Vaccination report Assam 1896-1927 - 1896-1927
Year: 1896
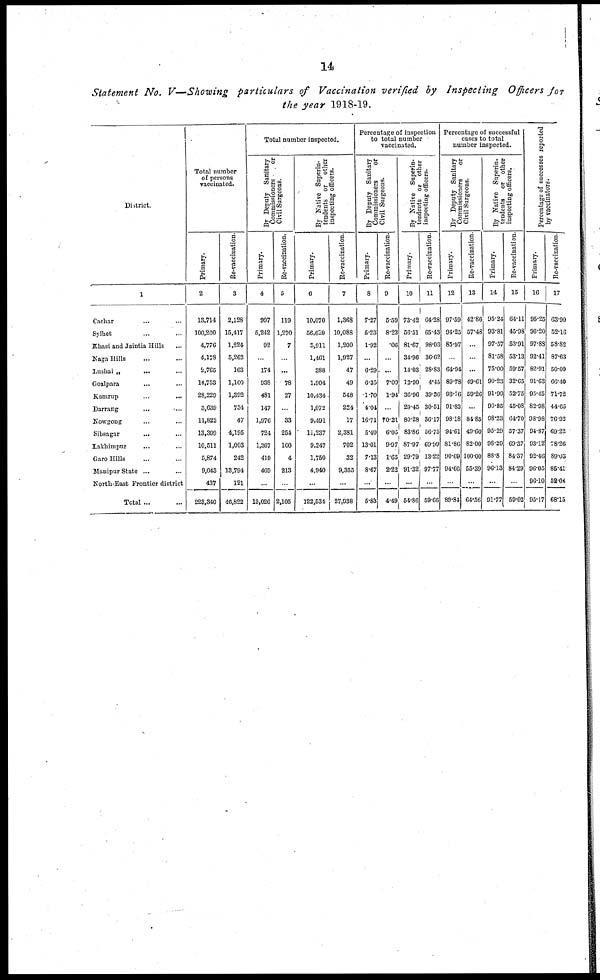
14
Statement No. V—Showing particulars of Vaccination verified by Inspecting Officers for
the year 1918-19.
District.
1
Cachar ... ...
Sylhet ... ...
Khasi and Jaintia Hills ...
Naga Hills ... ...
Lushai „ ... ...
Goalpara ... ...
Kamrup ... ...
Darrang ... ...
Nowgong ... ...
Sibsagar ... ...
Lakhimpur ... ...
Garo Hills ... ...
Manipur State ... ...
North-East Frontier district
Total ... ...
Total number
of persons
vaccinated.
Primary.
2
13,714
100,200
4,776
4,178
2,765
14,753
28,229
3,639
11,822
13,399
10,511
5,874
9,043
437
223,340
Re-vaccination.
3
2,128
15,417
1,224
5,262
163
1,100
1,392
734
47
4,195
1,003
242
13,794
121
46,822
Total number inspected.
By Deputy Sanitary
Commissioners
or
Civil Surgeons.
Primary.
4
997
6,242
92
...
174
938
481
147
1,976
724
1,367
419
469
...
13,026
Re-vaccination.
5
119
1,270
7
...
...
78
27
...
33
254
100
4
213
...
2,105
By Native Superin-
tendents or other
inspecting officers.
Primary.
6
10,070
56,629
3,911
1,461
388
1,904
10,434
1,072
9,491
11,237
9,247
1,750
4,940
...
122,534
Re-vaccination.
7
1,368
10,088
1,200
1,927
47
49
548
224
17
2,381
702
32
9,355
...
27,938
Percentage of inspection
to total number
vaccinated.
By Deputy Sanitary
Commissioners
or
Civil Surgeons.
Primary.
8
7.27
5.23
1.92
...
6.29
6.30
1.70
4.04
16.71
5.40
13.01
7.13
8.67
...
5.83
Re-vaccination.
9
5.59
8.23
.06
...
...
7.09
1.94
...
70.21
6.05
9.97
1.65
2.22
...
4.49
By Native Superin-
tendents or other
inspecting officers.
Primary.
10
73.42
56.51
81.67
34.96
14.03
12.90
36.96
29.45
80.28
83.86
87.97
29.79
91.32
...
54.86
Re-vaccination.
11
64.28
65.43
98.03
36.62
28.83
4.45
39.36
30.51
36.17
56.75
69.99
13.22
97.77
...
59.66
Percentage of successful
cases to total
number inspected.
By Deputy Sanitary
Commissioners
or
Civil Surgeons.
Primary.
12
97.59
94.25
85.97
...
64.94
89.78
93.76
91.83
98.18
94.61
81.86
90.69
94.66
...
89.84
Re-vaccination.
13
42.86
57.48
...
...
...
49.61
59.26
...
84.85
49.60
82.00
100.00
55.39
...
64.56
By Native Superin-
tendents or other
inspecting officers.
Primary.
14
95.24
93.81
97.57
81.58
75.00
90.23
91.99
90.85
98.23
95.29
98.29
88.8
96.13
...
91.77
Re-vaccination
15
64.11
45.98
53.91
53.13
59.57
32.65
52.75
45.08
64.70
57.37
69.37
84.37
84.29
...
59.02
Percentage of successes reported
by vaccinators.
Primary.
16
95.25
96.20
97.88
92.41
82.91
91.63
95.45
82.98
98.98
94.87
93.12
92.46
96.05
96.10
95.17
Re-vaccination
17
63.90
52.16
58.82
87.63
50.00
66.40
71.72
44.65
76.92
69.22
78.26
89.03
85.41
52.04
68.15